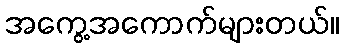
အကွေ့အကောက်များတယ်။